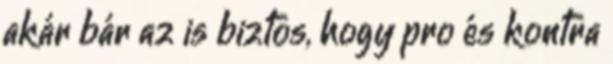
akár bár az is biztos, hogy pro és kontra